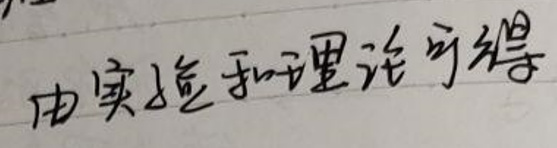
由实验和理论可得